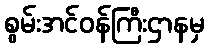
စွမ်းအင်ဝန်ကြီးဌာနမှ